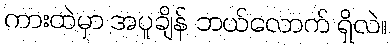
ကားထဲမှာ အပူချိန် ဘယ်လောက် ရှိလဲ။